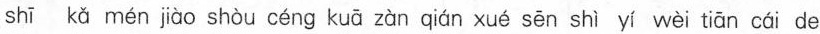
shi kā men jǜo shòu céng kuā z0n qiǘn xué sēn shi v' wài tián cái de